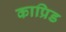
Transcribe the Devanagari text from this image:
काप्रिड